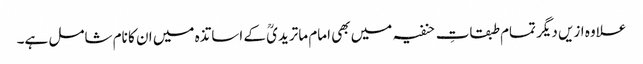
علاوہ ازیں دیگر تمام طبقاتِ حنفیہ میں بھی امام ماتریدیؒ کے اساتذہ میں ان کا نام شامل ہے۔